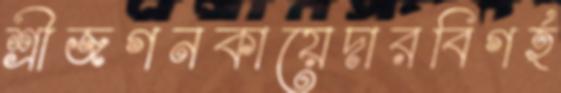
শ্রীজগনকায়েদারবিগর্হ